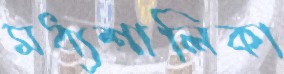
মধ্যশালিকা